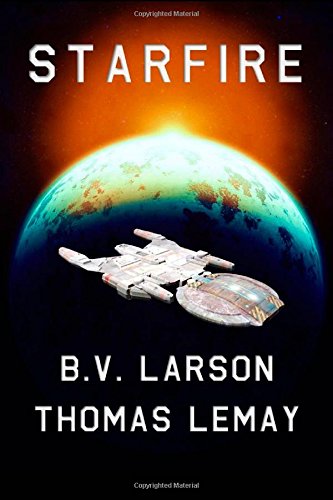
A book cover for Starfire; B. V. Larson; Science Fiction & Fantasy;